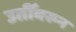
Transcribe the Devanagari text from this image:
उतीँवरून